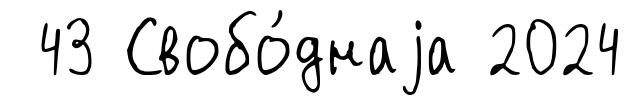
43 Свобо́днаjа 2024